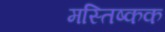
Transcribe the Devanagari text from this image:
मस्तिष्कक